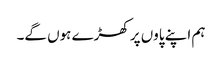
ہم اپنے پاوں پر کھڑے ہوں گے۔